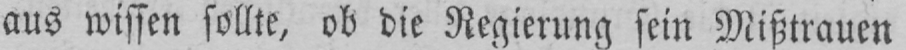
aus wissen sollte, ob die Regierung sein Mißtrauen